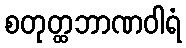
စတုတ္ထဘာဏဝါရံ